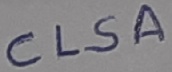
Text: CLSA